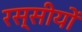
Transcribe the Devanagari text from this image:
रस्सीयों